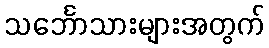
သင်္ဘောသားများအတွက်